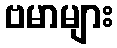
ဗမာများ